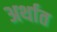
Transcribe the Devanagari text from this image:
अर्थात